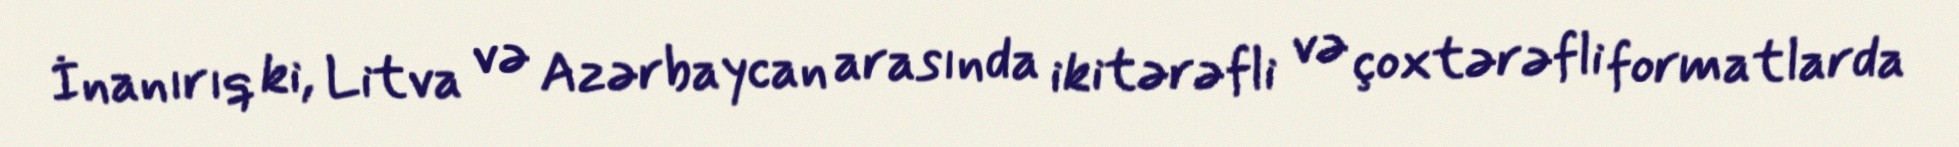
İnanırıq ki, Litva və Azərbaycan arasında ikitərəfli və çoxtərəfli formatlarda